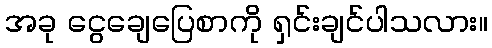
အခု ငွေချေပြေစာကို ရှင်းချင်ပါသလား။